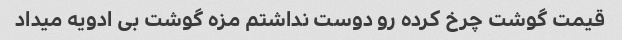
قیمت گوشت چرخ کرده رو دوست نداشتم مزه گوشت بی ادویه میداد